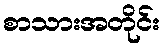
စာသားအတိုင်း